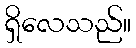
ရှိလေသည်။